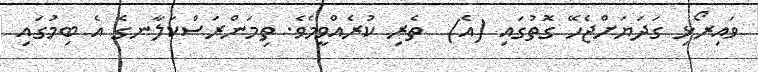
ވައިރޯޅި ގަދަޔަށްޖެހޭ ގޮތުގައި (އެ)  ތެރި ކުރެއްވީމެވެ. ތިމަންރަސްކަލާނގެ އެ ބިމުގައި